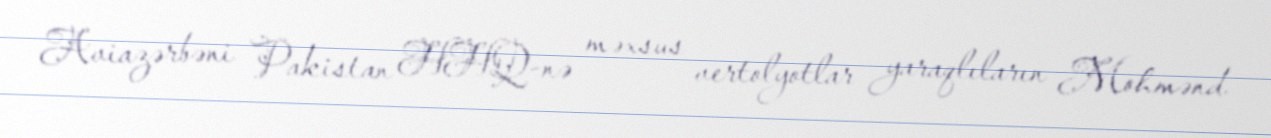
Aviazərbəni Pakistan HHQ-nə məxsus vertolyotlar yaraqlıların Mohmənd